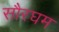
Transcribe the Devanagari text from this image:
सौरघम